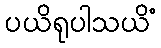
ပယိရုပါသယိံ